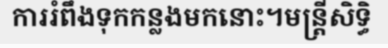
ការរំពឹងទុកកន្លងមកនោះ។មន្ត្រីសិទ្ធិ